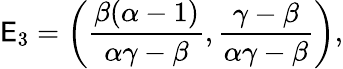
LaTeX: \mathsf{E}_{3}=\bigg(\frac{{\beta(\alpha-1)}}{{\alpha\gamma-\beta}},\frac{{\gamma-\beta}}{{\alpha\gamma-\beta}}\bigg),